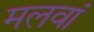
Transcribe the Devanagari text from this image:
मलवां